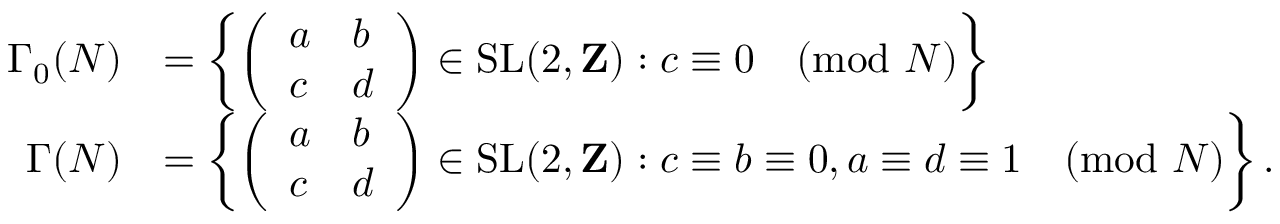
{ \begin{array} { r l } { \Gamma _ { 0 } ( N ) } & { = \left\{ { \left( \begin{array} { l l } { a } & { b } \\ { c } & { d } \end{array} \right) } \in { \mathrm { S L } } ( 2 , \mathbf { Z } ) : c \equiv 0 { \pmod { N } } \right\} } \\ { \Gamma ( N ) } & { = \left\{ { \left( \begin{array} { l l } { a } & { b } \\ { c } & { d } \end{array} \right) } \in { \mathrm { S L } } ( 2 , \mathbf { Z } ) : c \equiv b \equiv 0 , a \equiv d \equiv 1 { \pmod { N } } \right\} . } \end{array} }